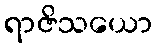
ရာဇိသယော